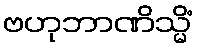
ဗဟုဘာဏိသ္မိံ